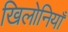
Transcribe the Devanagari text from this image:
खिलोनियाँ